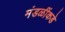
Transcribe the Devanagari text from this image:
मंडळींकडे